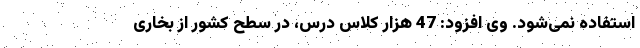
استفاده نمی‌شود. وی افزود: 47 هزار کلاس درس، در سطح کشور از بخاری‌